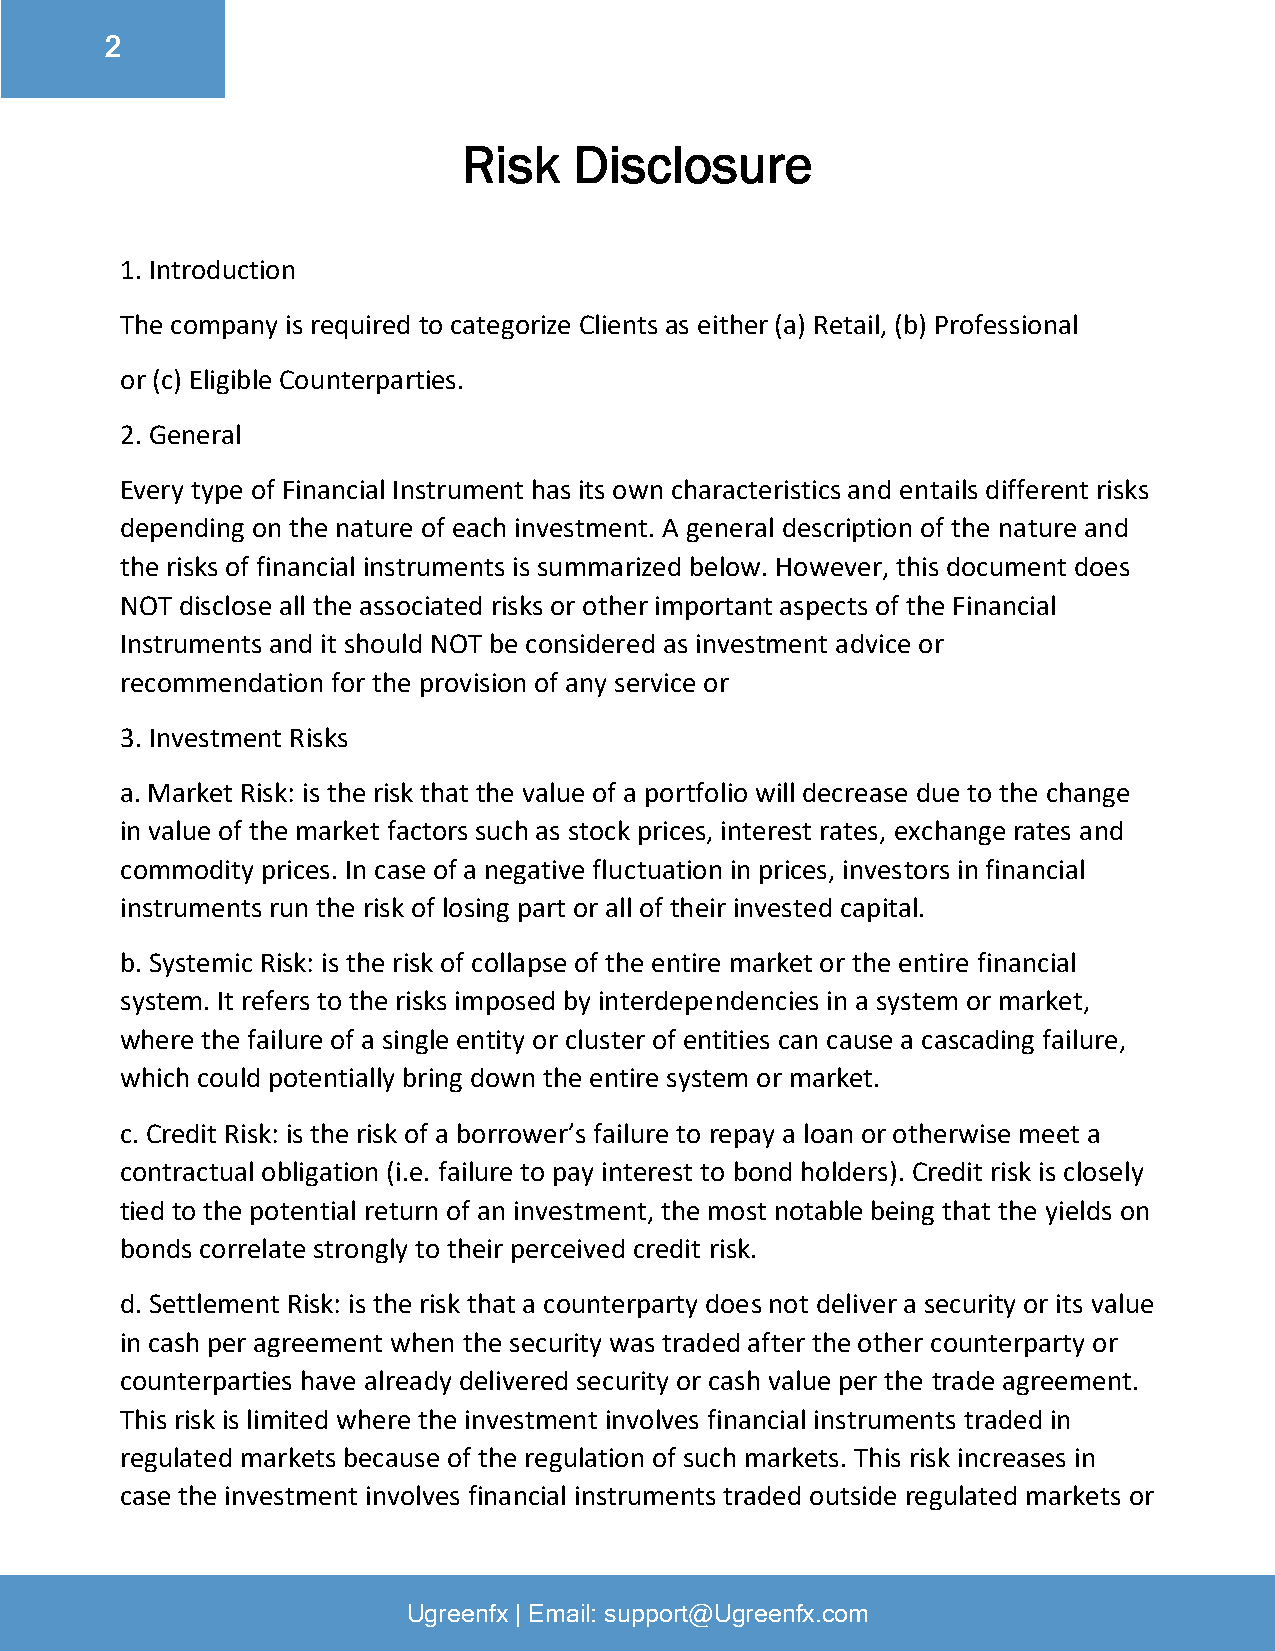
2
 –
 Risk   Disclosure
 1. Introduction
 The company is required to categorize Clients as either (a) Retail, (b) Professional
 or (c) Eligible Counterparties.
 2. General
 Every type of Financial Instrument has its own characteristics and entails different risks
 depending on the nature of each investment. A general description of the nature and
 the risks of financial instruments is summarized below. However, this document does
 NOT disclose all the associated risks or other important aspects of the Financial
 Instruments and it should NOT be considered as investment advice or
 recommendation for the provision of any service or
 3. Investment Risks
 a. Market Risk: is the risk that the value of a portfolio will decrease due to the change
 in value of the market factors such as stock prices, interest rates, exchange rates and
 commodity prices. In case of a negative fluctuation in prices, investors in financial
 instruments run the risk of losing part or all of their invested capital.
 b. Systemic Risk: is the risk of collapse of the entire market or the entire financial
 system. It refers to the risks imposed by interdependencies in a system or market,
 where the failure of a single entity or cluster of entities can cause a cascading failure,
 which could potentially bring down the entire system or market.
 c. Credit Risk: is the risk of a borrower’s failure to repay a loan or otherwise meet a
 contractual obligation (i.e. failure to pay interest to bond holders). Credit risk is closely
 tied to the potential return of an investment, the most notable being that the yields on
 bonds correlate strongly to their perceived credit risk.
 d. Settlement Risk: is the risk that a counterparty does not deliver a security or its value
 in cash per agreement when the security was traded after the other counterparty or
 counterparties have already delivered security or cash value per the trade agreement.
 This risk is limited where the investment involves financial instruments traded in
 regulated markets because of the regulation of such markets. This risk increases in
 case the investment involves financial instruments traded outside regulated markets or
 Ugreenfx | Email: support@Ugreenfx.com